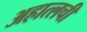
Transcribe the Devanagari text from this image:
अहात्लची